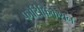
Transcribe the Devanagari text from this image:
फोर्टिफिकेशन